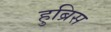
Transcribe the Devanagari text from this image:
हुब्रिस